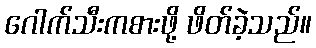
ဂေါက်သီးကစားဖို့ ဖိတ်ခဲ့သည်။